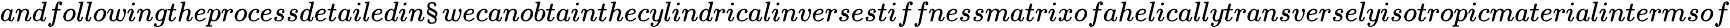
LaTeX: andfollowingtheprocessdetailedin\S wecanobtainthecylindricalinversestiffnessmatrixofahelicallytransverselyisotropicmaterialintermsof